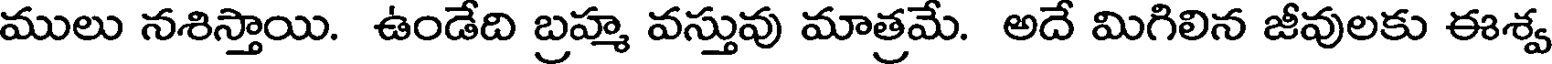
ములు నశిస్తాయి. ఉండేది బ్రహ్మ వస్తువు మాత్రమే. అదే మిగిలిన జీవులకు ఈశ్వ